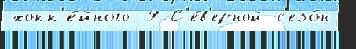
хокк'е́йного 9 С'е́в'ерной с'езо́н